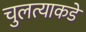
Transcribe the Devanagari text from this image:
चुलत्याकडे